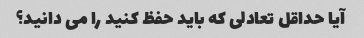
آیا حداقل تعادلی که باید حفظ کنید را می دانید؟